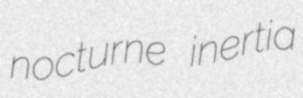
nocturne inertia